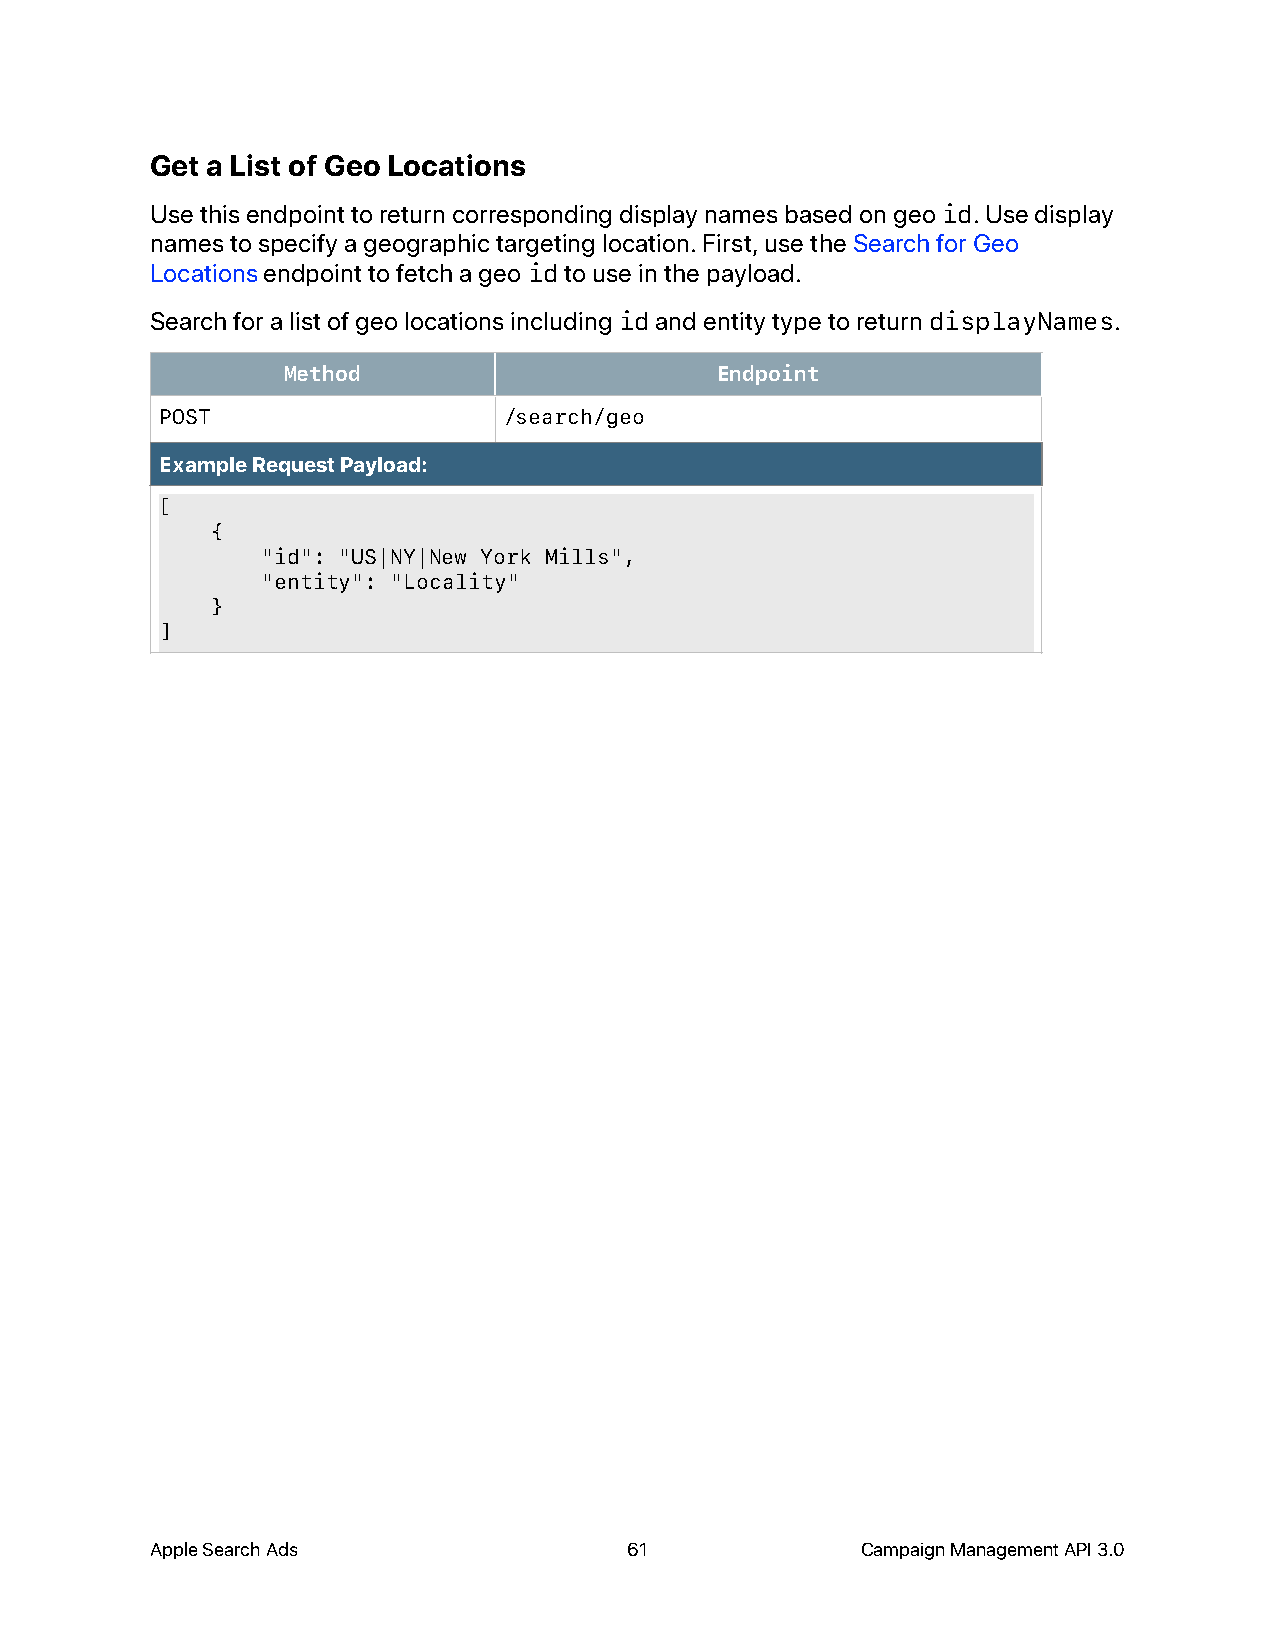
Get a List of Geo Locations
 Use this endpoint to return corresponding display names based on geo id. Use display
 names to specify a geographic targeting location. First, use the Search for Geo
 Locations endpoint to fetch a geo id to use in the payload.
 Search for a list of geo locations including id and entity type to return displayNames.
 Method                      Endpoint
 POST                  /search/geo
 Example Request Payload:
 [
 {
 "id": "US|NY|New York Mills",
 "entity": "Locality"
 }
 ]
 Apple Search Ads                61             Campaign Management API 3.0